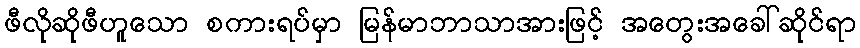
ဖီလိုဆိုဖီဟူသော စကားရပ်မှာ မြန်မာဘာသာအားဖြင့် အတွေးအခေါ်ဆိုင်ရာ